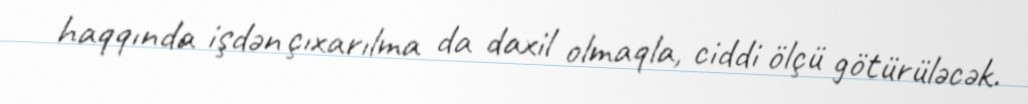
haqqında işdən çıxarılma da daxil olmaqla, ciddi ölçü götürüləcək.